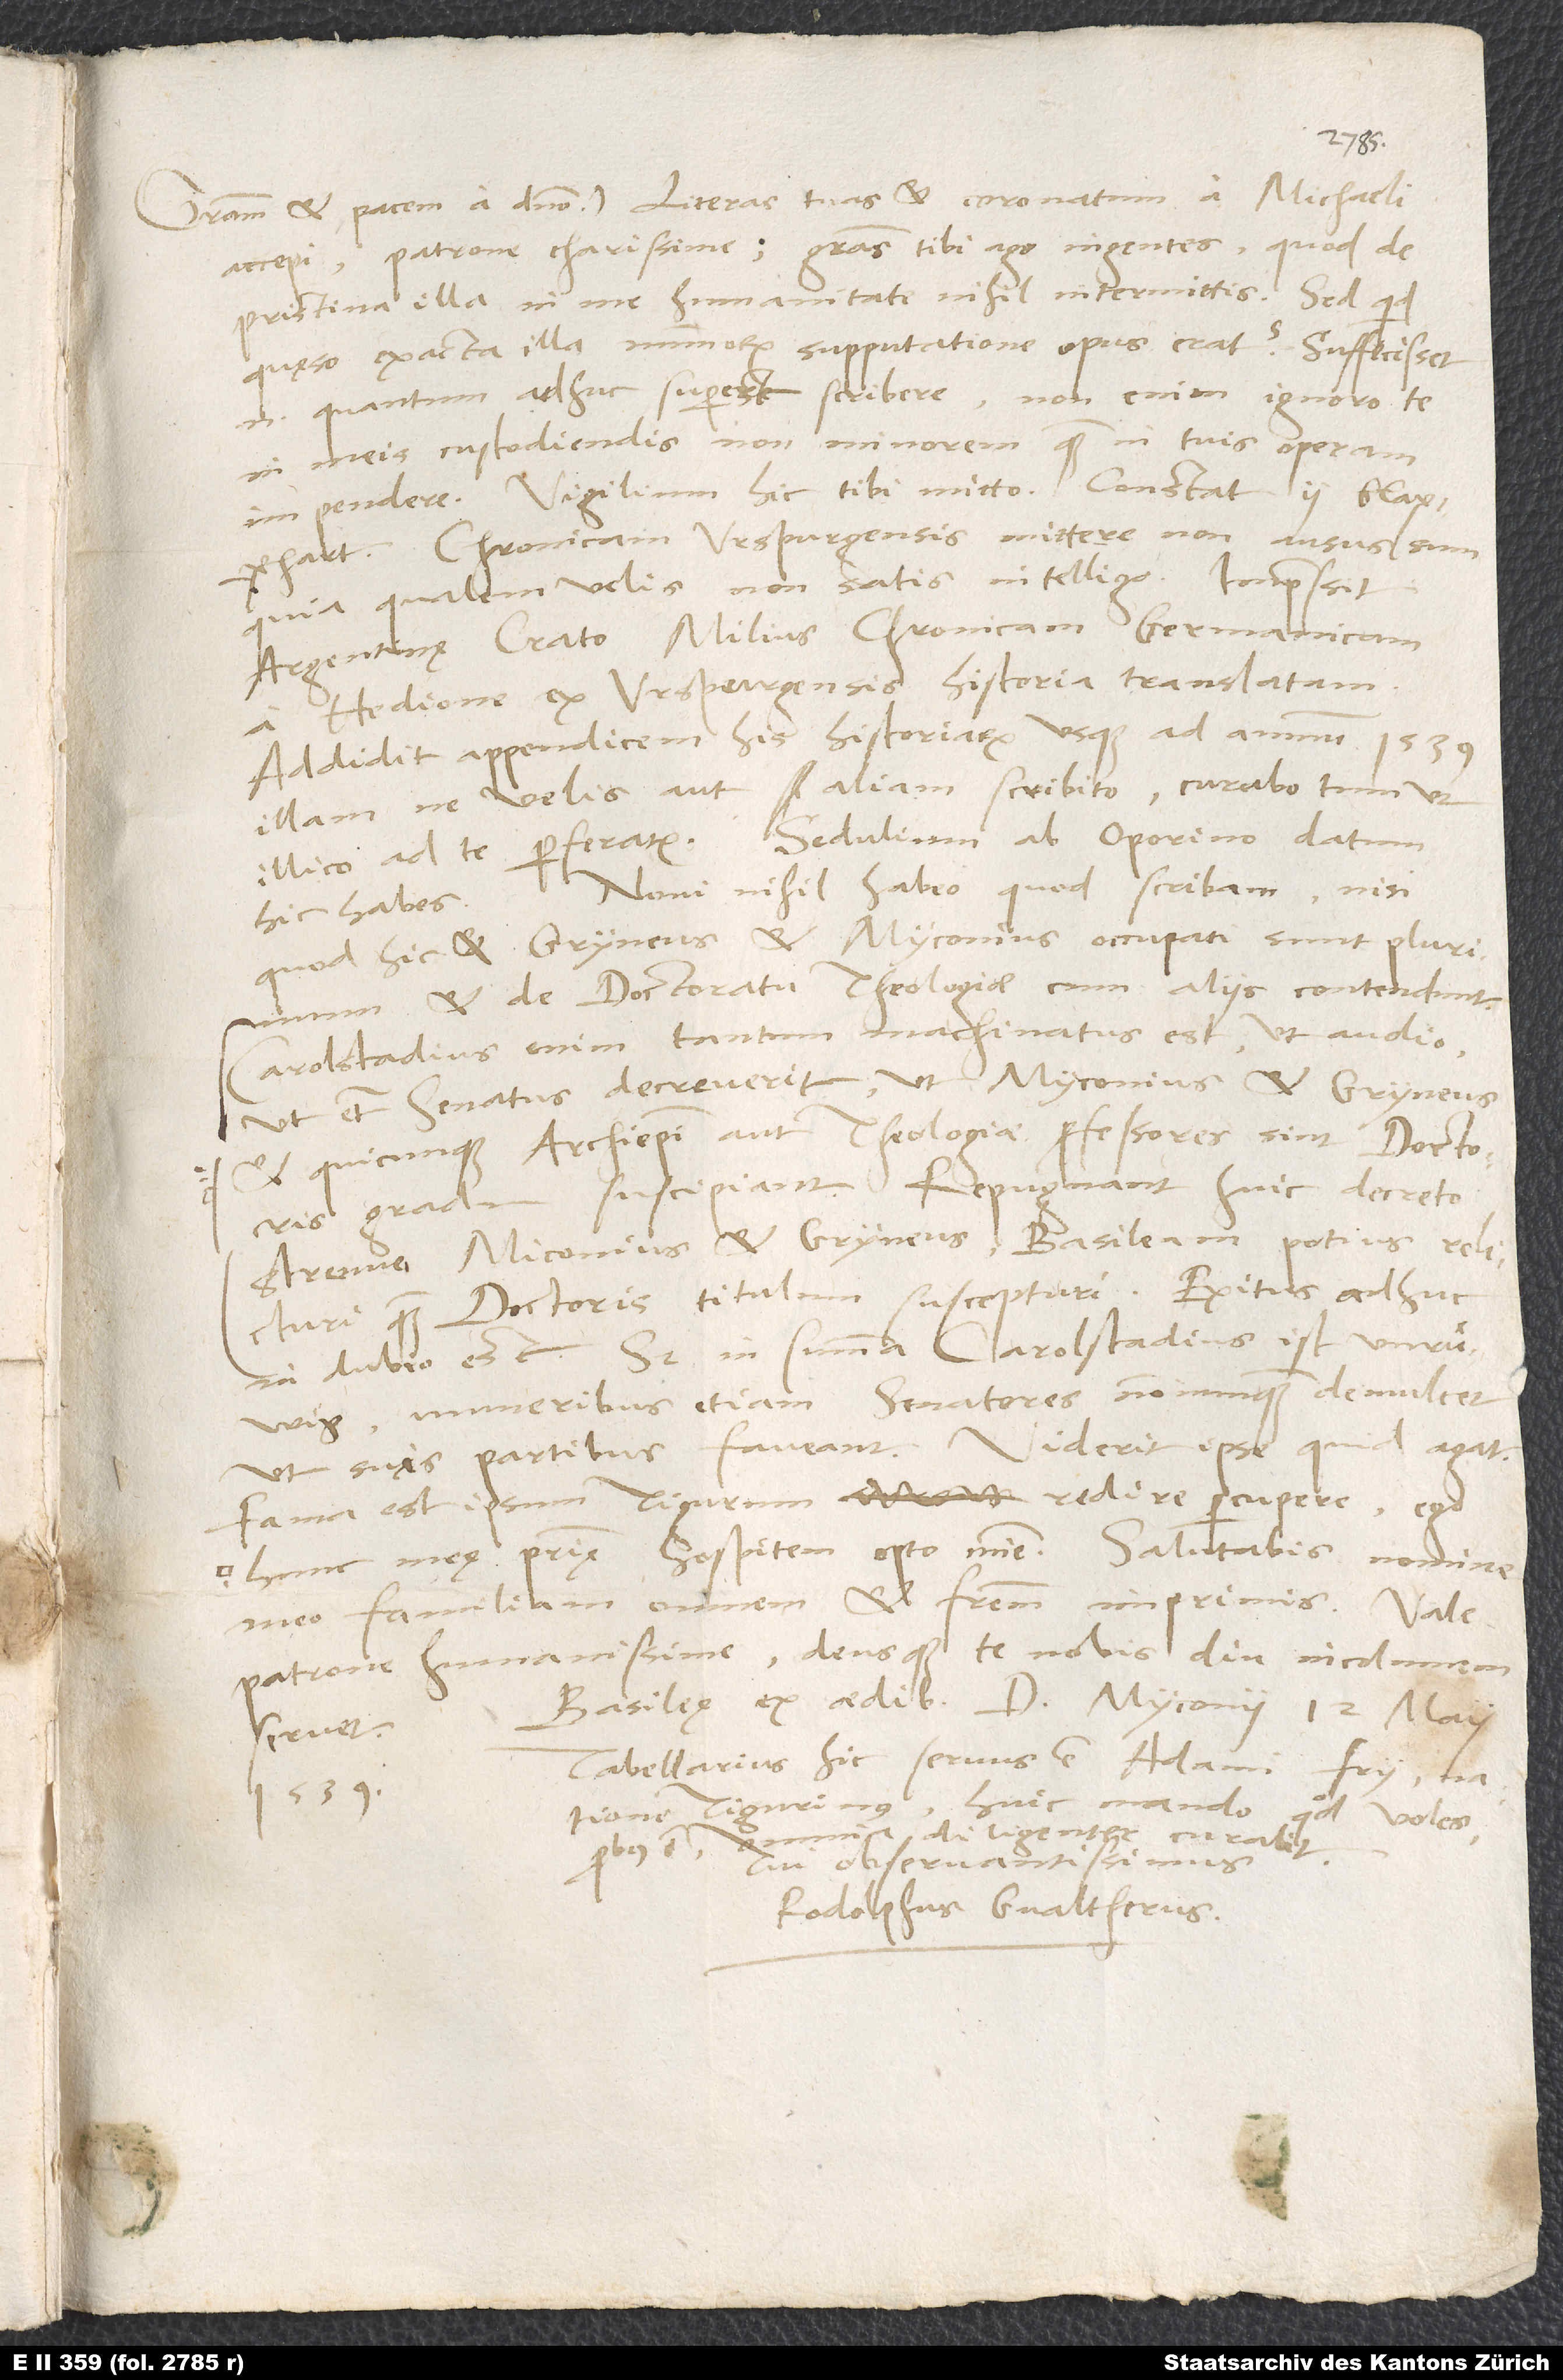
accepi, patrone charissime. Gratias tibi ago ingentes, quod de
pristina illa in me humanitate nihil intermittis. Sed quid,
quęso, exacta illa nummorum supputatione opus erat? Suffecisset
enim, quantum adhuc superest, scribere; non enim ignoro te
in meis custodiendis non minorem quam in tuis operam
Vigilium hic tibi mitto; constat 2 blapphart.
Chronicam Urspurgensis mittere non ausus sum,
quia, qualem velis, non satis intelligo. Impressit
Argentinę Crato Milius Chronicam Germanicam
a Hedione ex Urspurgensis historia translatam;
addidit appendicem his historiarum usque ad annum 1539.
Illam ne velis aut aliam, scribito; curabo tum, ut
illico ad te perferatur. Sedulium ab Oporino datum
Novi nihil habeo, quod scribam, nisi
quod hic et Gryneus et Myconius occupati sunt plurimum
et de doctoratu theologiae cum aliis contendunt;
Carolstadius enim tantum machinatus est, ut audio,
ut etiam senatus decreverit, ut Myconius et Gryneus,
et quicunque archiepiscopi aut theologiae professores sint, doctoris
gradum suscipiant. Repugnant huic decreto
strenue Miconius et Gryneus Basileam potius relicturi
in dubio est. Sed in summa: Carolstadius ist unruͤwig;
muneribus etiam senatores nonnunquam demulcet,
Fama est ipsum Tigurum redire percupere; ego
meo familiam omnem et fratrem imprimis. Vale,
patrone humanissime, deusque te nobis diu incolumem
Basileę, ex aedibus d. Myconii, 12. maii
servet.
Tabellarius hic servus est Adami Fry, natione
1539.
Tigurinus; huic manda, quod voles;
omniaque diligenter curabit.
probus est
Tui observantissimus
Rodolphus Gvaltherus.